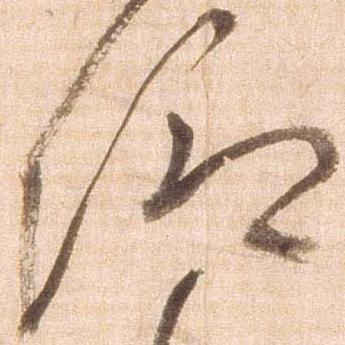
仰